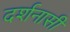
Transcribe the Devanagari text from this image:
दर्शनासी